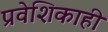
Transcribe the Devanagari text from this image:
प्रवेशिकाही